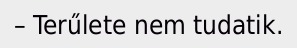
– Terűlete nem tudatik.